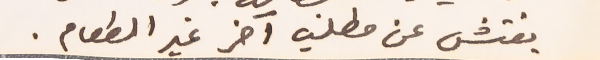
يفتش عن مطلب آخر غير الطعام.